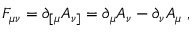
F _ { \mu \nu } = \partial _ { [ \mu } A _ { \nu ] } = \partial _ { \mu } A _ { \nu } - \partial _ { \nu } A _ { \mu } \ ,